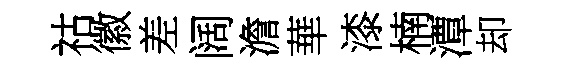
祜徽差阔澹華漆楠潭却